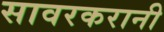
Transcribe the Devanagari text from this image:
सावरकरानी